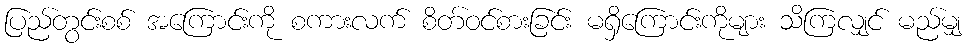
ပြည်တွင်းစစ် အကြောင်းကို စကားလက် စိတ်ဝင်စားခြင်း မရှိကြောင်းကိုများ သိကြလျှင် မည်မျှ